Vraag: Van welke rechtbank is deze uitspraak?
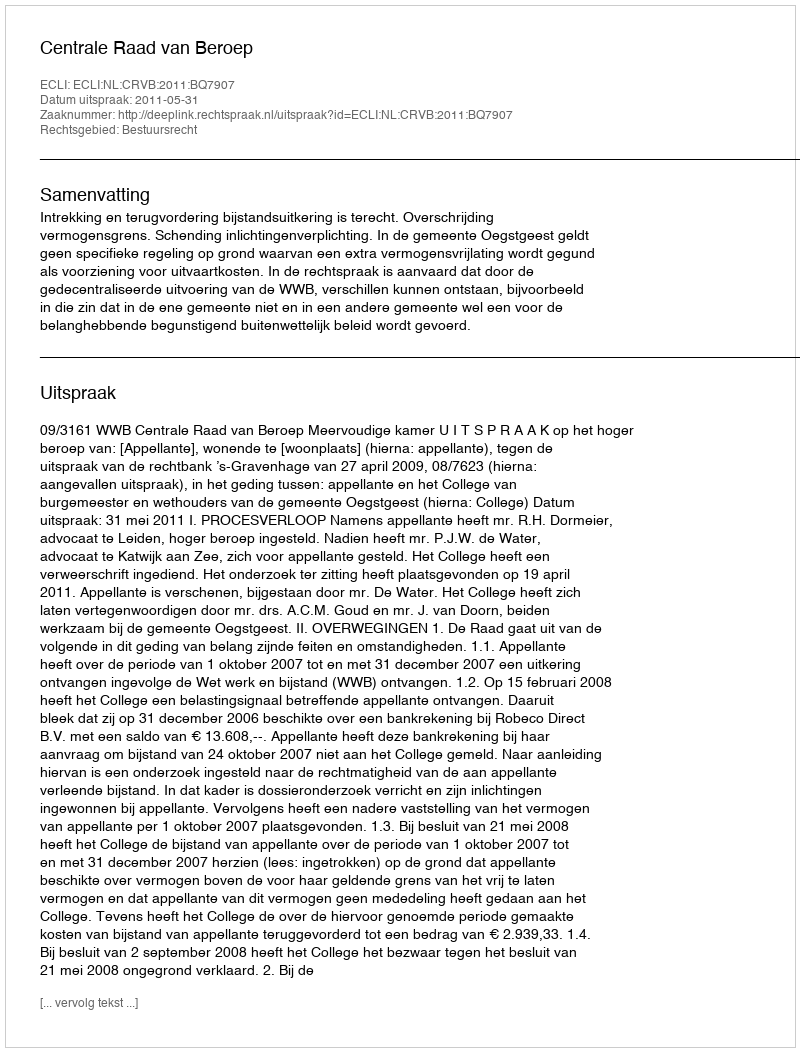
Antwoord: Centrale Raad van Beroep